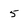
Character: 5